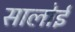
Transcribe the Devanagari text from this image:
सालोई